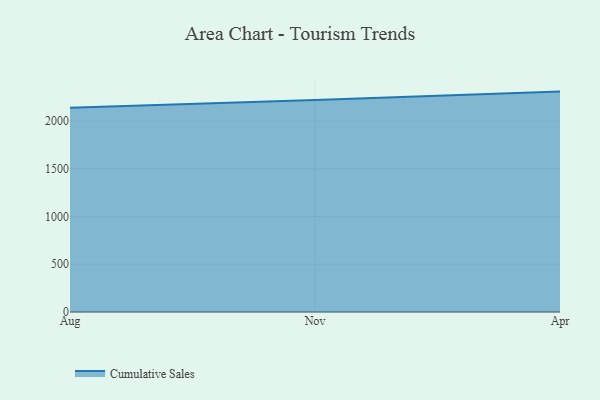
{"axis": {"x": "Month", "y": "Revenue (USD Million)"}, "legend": ["Cumulative Sales"], "data": [{"x": "Aug", "y": 2139.3, "type": "Cumulative Sales"}, {"x": "Nov", "y": 2220.2, "type": "Cumulative Sales"}, {"x": "Apr", "y": 2309.1, "type": "Cumulative Sales"}]}